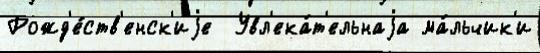
Рожд'е́ств'енск'иjе  Увл'ека́т'ельнаjа ма́льчик'и